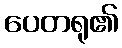
ပေတရု၏